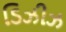
ડિઝીઝ